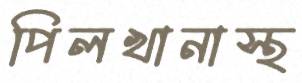
পিলখানাস্থ